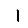
Digit: 1